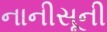
નાનીસૂની